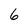
Character: 6